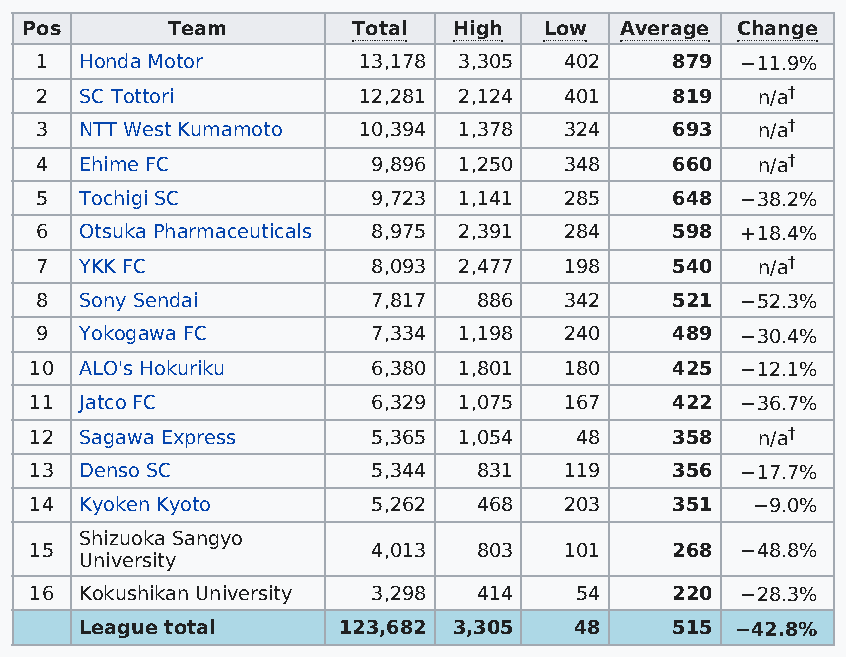
Pos       Team        Total  High  Low  Average Change
 1  Honda Motor        13,178 3,305 402     879 −11.9%
 2  SC Tottori         12,281 2,124 401     819  n/a†
 3  NTT West Kumamoto  10,394 1,378 324     693  n/a†
 4  Ehime FC            9,896 1,250 348     660  n/a†
 5  Tochigi SC          9,723 1,141 285     648 −38.2%
 6  Otsuka Pharmaceuticals 8,975 2,391 284  598 +18.4%
 7  YKK FC              8,093 2,477 198     540  n/a†
 8  Sony Sendai         7,817  886  342     521 −52.3%
 9  Yokogawa FC         7,334 1,198 240     489 −30.4%
 10 ALO's Hokuriku      6,380 1,801 180     425 −12.1%
 11 Jatco FC            6,329 1,075 167     422 −36.7%
 12 Sagawa Express      5,365 1,054  48     358  n/a†
 13 Denso SC            5,344  831  119     356 −17.7%
 14 Kyoken Kyoto        5,262  468  203     351  −9.0%
 Shizuoka Sangyo
 15                     4,013  803  101     268 −48.8%
 University
 16 Kokushikan University 3,298 414  54     220 −28.3%
 League total     123,682 3,305   48     515 −42.8%